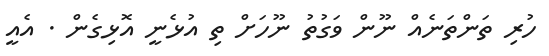
ހުރި ތަންތަނެެއް ނޫން ވަގުތު ނޫހަށް ތި އުޅެނީ އޮޅިގެން . އެއީ